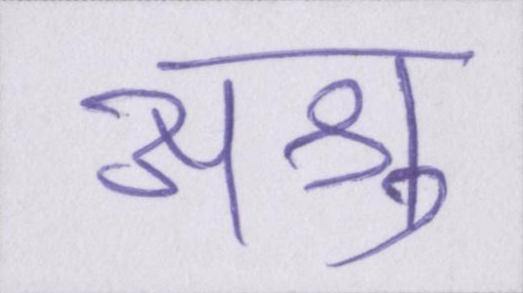
अश्रु